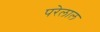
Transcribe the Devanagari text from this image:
परेलाल